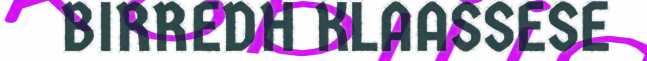
BIRREDH KLAASSESE